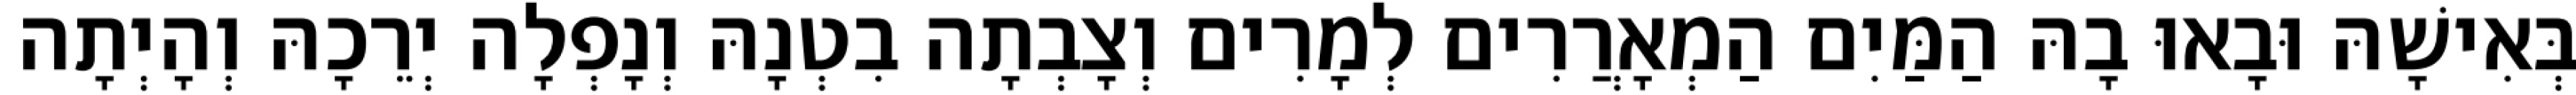
בְּאִישָׁהּ וּבָאוּ בָהּ הַמַּיִם הַמְאָרֲרִים לְמָרִים וְצָבְתָה בִטְנָהּ וְנָפְלָה יְרֵכָהּ וְהָיְתָה